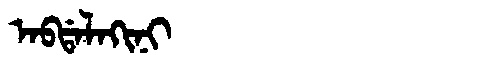
Manchu: ᠠᠪᡩᠠᠯᠠᡴᡳᠨᡳ
Romanization: ABDALAKINI